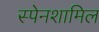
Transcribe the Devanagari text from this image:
स्पेनशामिल